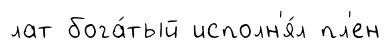
лат бога́тый исполн'я́л пл'ен